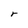
Character: r